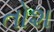
તોશ